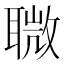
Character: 𦗈